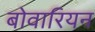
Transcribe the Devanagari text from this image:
बोवारियन